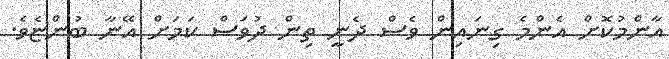
އާންމުކޮށް އެންމެ ގިނައިން ވެސް ދެނީ ތިން ދުވަސް ކަމަށް އޭނާ ބުންޏެވެ.